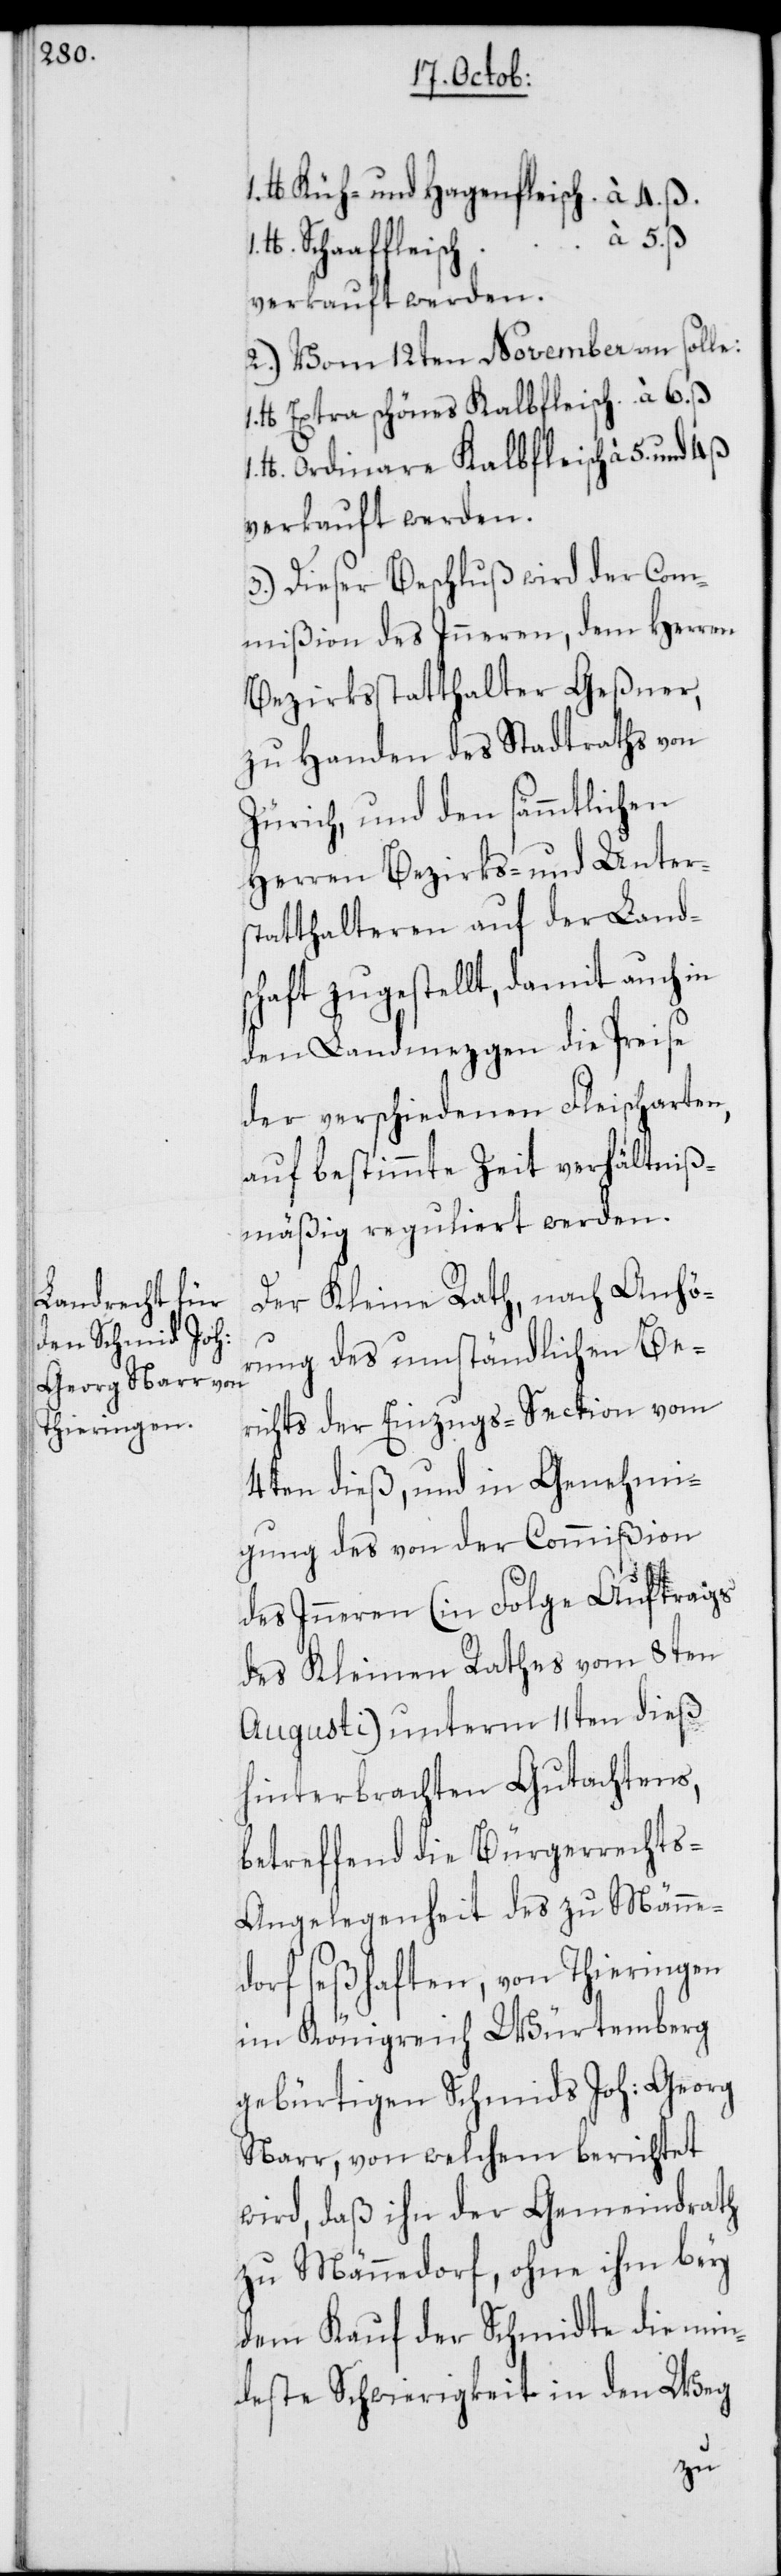
lb. Küh- und Hagenfleisch à 4. ß.
5. ß.
Schaaffleisch
2.) Vom 12ten November an solle:
lb. Extra schönes Kalbfleisch à 6. ß
lb. ordinare Kalbfleisch à 5. und
verkauft werden.
3.) Dieser Beschluß wird der Com¬
mißion des Inneren, dem Herren
Bezirksstatthalter Geßner,
zu Handen des Stadtraths von
Zürich, und den sämmtlichen
Herren Bezirks- und Unter¬
statthalteren auf der Land¬
schaft zugestellt, damit auch in
den Landmezgen die Preise
der verschiedenen Fleischarten,
auf bestimmte Zeit verhältniß¬
mäßig reguliert werden.
Der Kleine Rath, nach Anhö¬
rung des umständlichen Be¬
richts der Einzugs-Section vom
4ten dieß, und in Genehmi¬
gung des von der Commißion
des Inneren (in Folge Auftrags
des Kleinen Rathes vom 8ten
Augusti) unterm 11ten dieß
hinterbrachten Gutachtens,
betreffend die Bürgerrechts-A¬
ngelegenheit des zu Männe¬
dorf seßhaften, von Thieringen
im Königreich Würtemberg
gebürtigen Schmids Joh. Georg
Narr, von welchem berichtet
wird, daß ihn der Gemeindrath
zu Männedorf, ohne ihm bey
dem Kauf der Schmidte die min¬
deste Schwierigkeit in den Weg